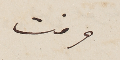
وقت